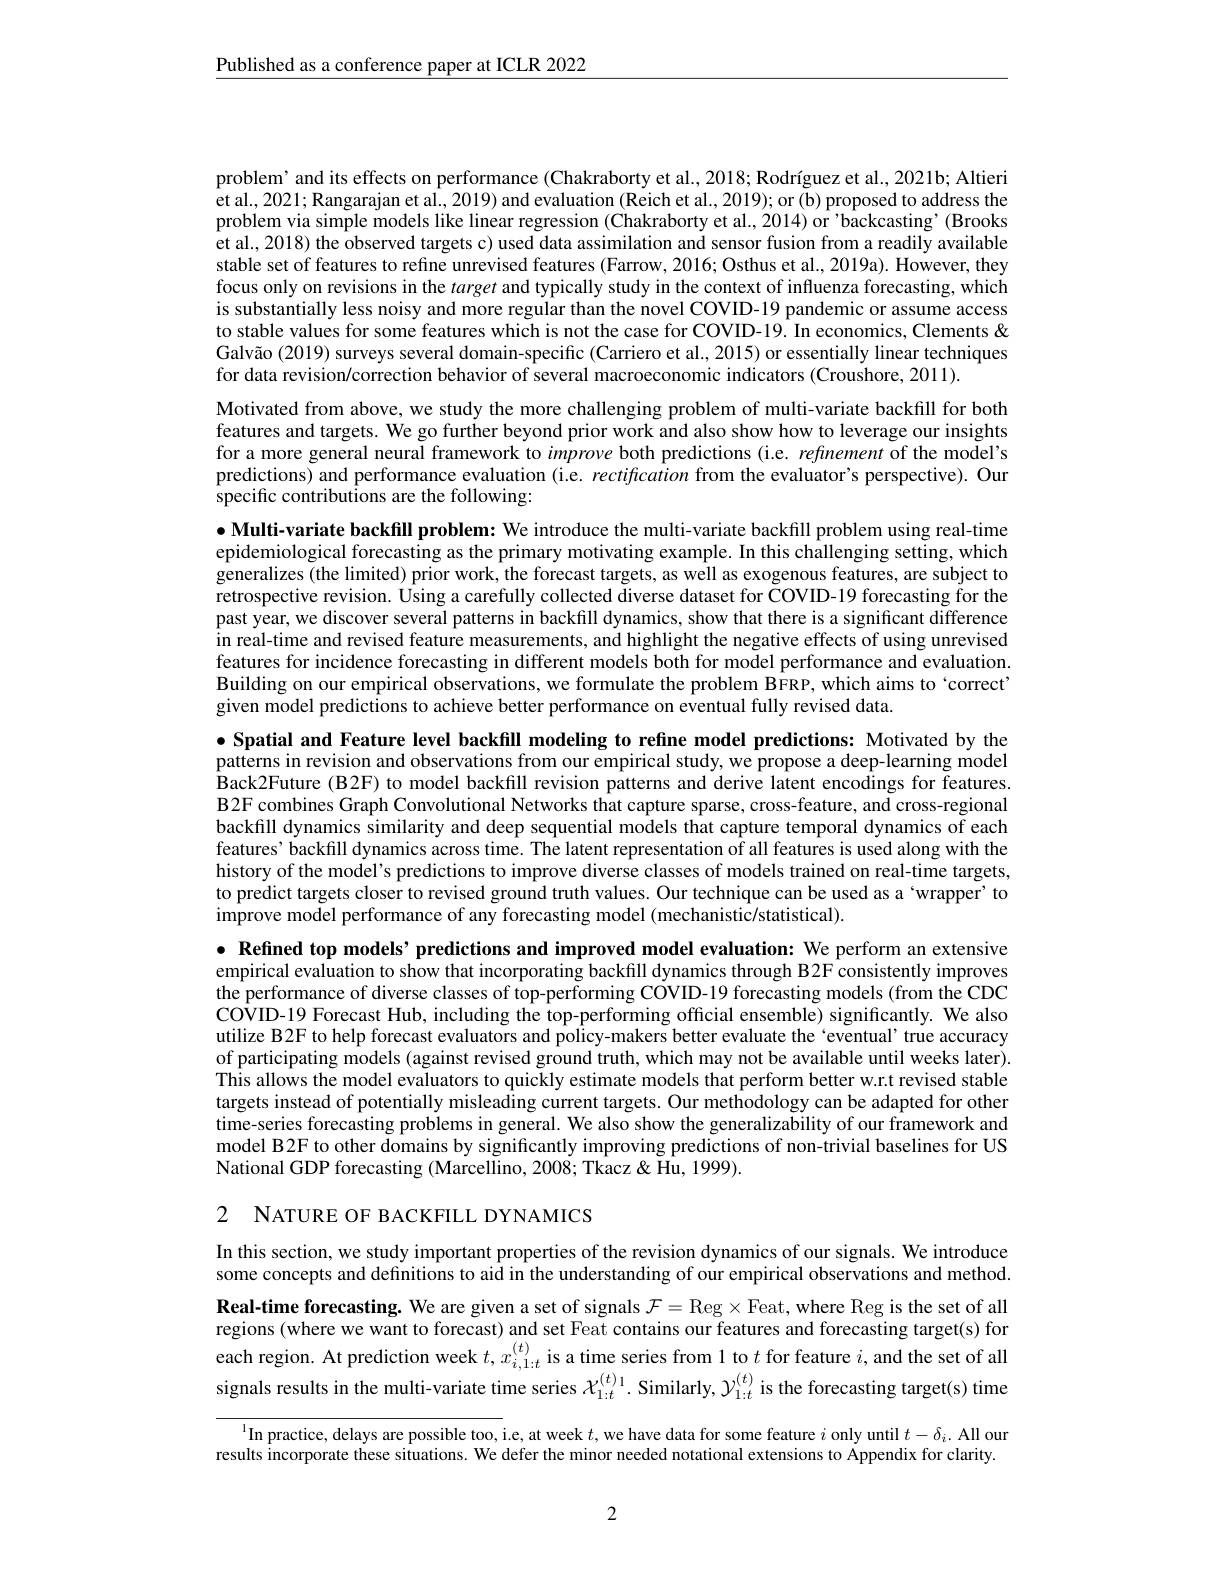
$\underline{\text{Published as a conference paper at ICLR 2022}}$

problem' and its effects on performance (Chakraborty et al., 2018; Rodríguez et al., 2021b; Altieri et al., 2021; Rangarajan et al., 2019) and evaluation (Reich et al., 2019); or (b) proposed to address the problem via simple models like linear regression (Chakraborty et al., 2014) or'backcasting'(Brooks et al., 2018) the observed targets c) used data assimilation and sensor fusion from a readily available stable set of features to refine unrevised features (Farrow, 2016; Osthus et al., 2019a). However, they focus only on revisions in the target and typically study in the context of influenza forecasting, which is substantially less noisy and more regular than the novel COVID-19 pandemic or assume access to stable values for some features which is not the case for COVID-19. In economics, Clements & Galvão (2019) surveys several domain-specific (Carriero et al., 2015) or essentially linear techniques for data revision/correction behavior of several macroeconomic indicators (Croushore, 2011).
Motivated from above, we study the more challenging problem of multi-variate backfill for both features and targets. We go further beyond prior work and also show how to leverage our insights for a more general neural framework to improve both predictions (i.e. refinement of the model's predictions) and performance evaluation (i.e. rectification from the evaluator's perspective). Our specific contributions are the following:

$\bullet$ Multi-variate backfill problem: We introduce the multi-variate backfill problem using real-time epidemiological forecasting as the primary motivating example. In this challenging setting, which generalizes (the limited) prior work, the forecast targets, as well as exogenous features, are subject to retrospective revision. Using a carefully collected diverse dataset for COVID-19 forecasting for the past year, we discover several patterns in backfill dynamics, show that there is a significant difference $\hat{\text{in real-time and revised feature measurements, and highlight the negative effects of using unrevised}}$ features for incidence forecasting in different models both for model performance and evaluation. Building on our empirical observations, we formulate the problem BFRP, which aims to`correct' given model predictions to achieve better performance on eventual fully revised data.

$\bullet$ Spatial and Feature level backfill modeling to refine model predictions: Motivated by the

patterns in revision and observations from our empirical study, we propose a deep-learning model Back2Future (B2F) to model backfill revision patterns and derive latent encodings for features B2F combines Graph Convolutional Networks that capture sparse, cross-feature, and cross-regional backfill dynamics similarity and deep sequential models that capture temporal dynamics of each features’backfill dynamics across time. The latent representation of all features is used along with the history of the model's predictions to improve diverse classes of models trained on real-time targets, to predict targets closer to revised ground truth values. Our technique can be used as a wrapper' to improve model performance of any forecasting model (mechanistic/statistical).

$\bullet$ Refined top models’predictions and improved model evaluation: We perform an extensive empirical evaluation to show that incorporating backfill dynamics through B2F consistently improves the performance of diverse classes of top-performing COVID-19 forecasting models (from the CDC COVID-19 Forecast Hub, including the top-performing official ensemble) significantly. We also utilize B2F to help forecast evaluators and policy-makers better evaluate the `eventual' true accuracy of participating models (against revised ground truth, which may not be available until weeks later). This allows the model evaluators to quickly estimate models that perform better w.r.t revised stable targets instead of potentially misleading current targets. Our methodology can be adapted for other time-series forecasting problems in general. We also show the generalizability of our framework and model B2F to other domains by significantly improving predictions of non-trivial baselines for US National GDP forecasting (Marcellino, 2008; Tkacz & Hu, 1999).

2 NATURE OF BACKFILL DYNAMICS

In this section, we study important properties of the revision dynamics of our signals. We introduce some concepts and definitions to aid in the understanding of our empirical observations and method.

Real-time forecasting. We are given a set of signals $\mathcal{F}=\operatorname{Reg}\times\operatorname{Feat,where}\operatorname{Reg}\operatorname{is~the}\operatorname{set~of~all}$ regions (where we want to forecast) and set Feat contains our features and forecasting target(s) for each region. At prediction week $t,x_{i,1:t}^{(t)}$ is a time series from 1 to $t$ for feature $i$,and the set of all signals results in the multi-variate time series $\chi_{1:t}^{(t)}$. Similarly, $\mathcal{Y}_{1:t}^{(t)}$ is the forecasting target(s) time

$^{1}$In practice, delays are possible too, i.e, at week $t$, we have data for some feature $i$ only until $t-\delta_i.$ All our results incorporate these situations. We defer the minor needed notational extensions to Appendix for clarity.

2